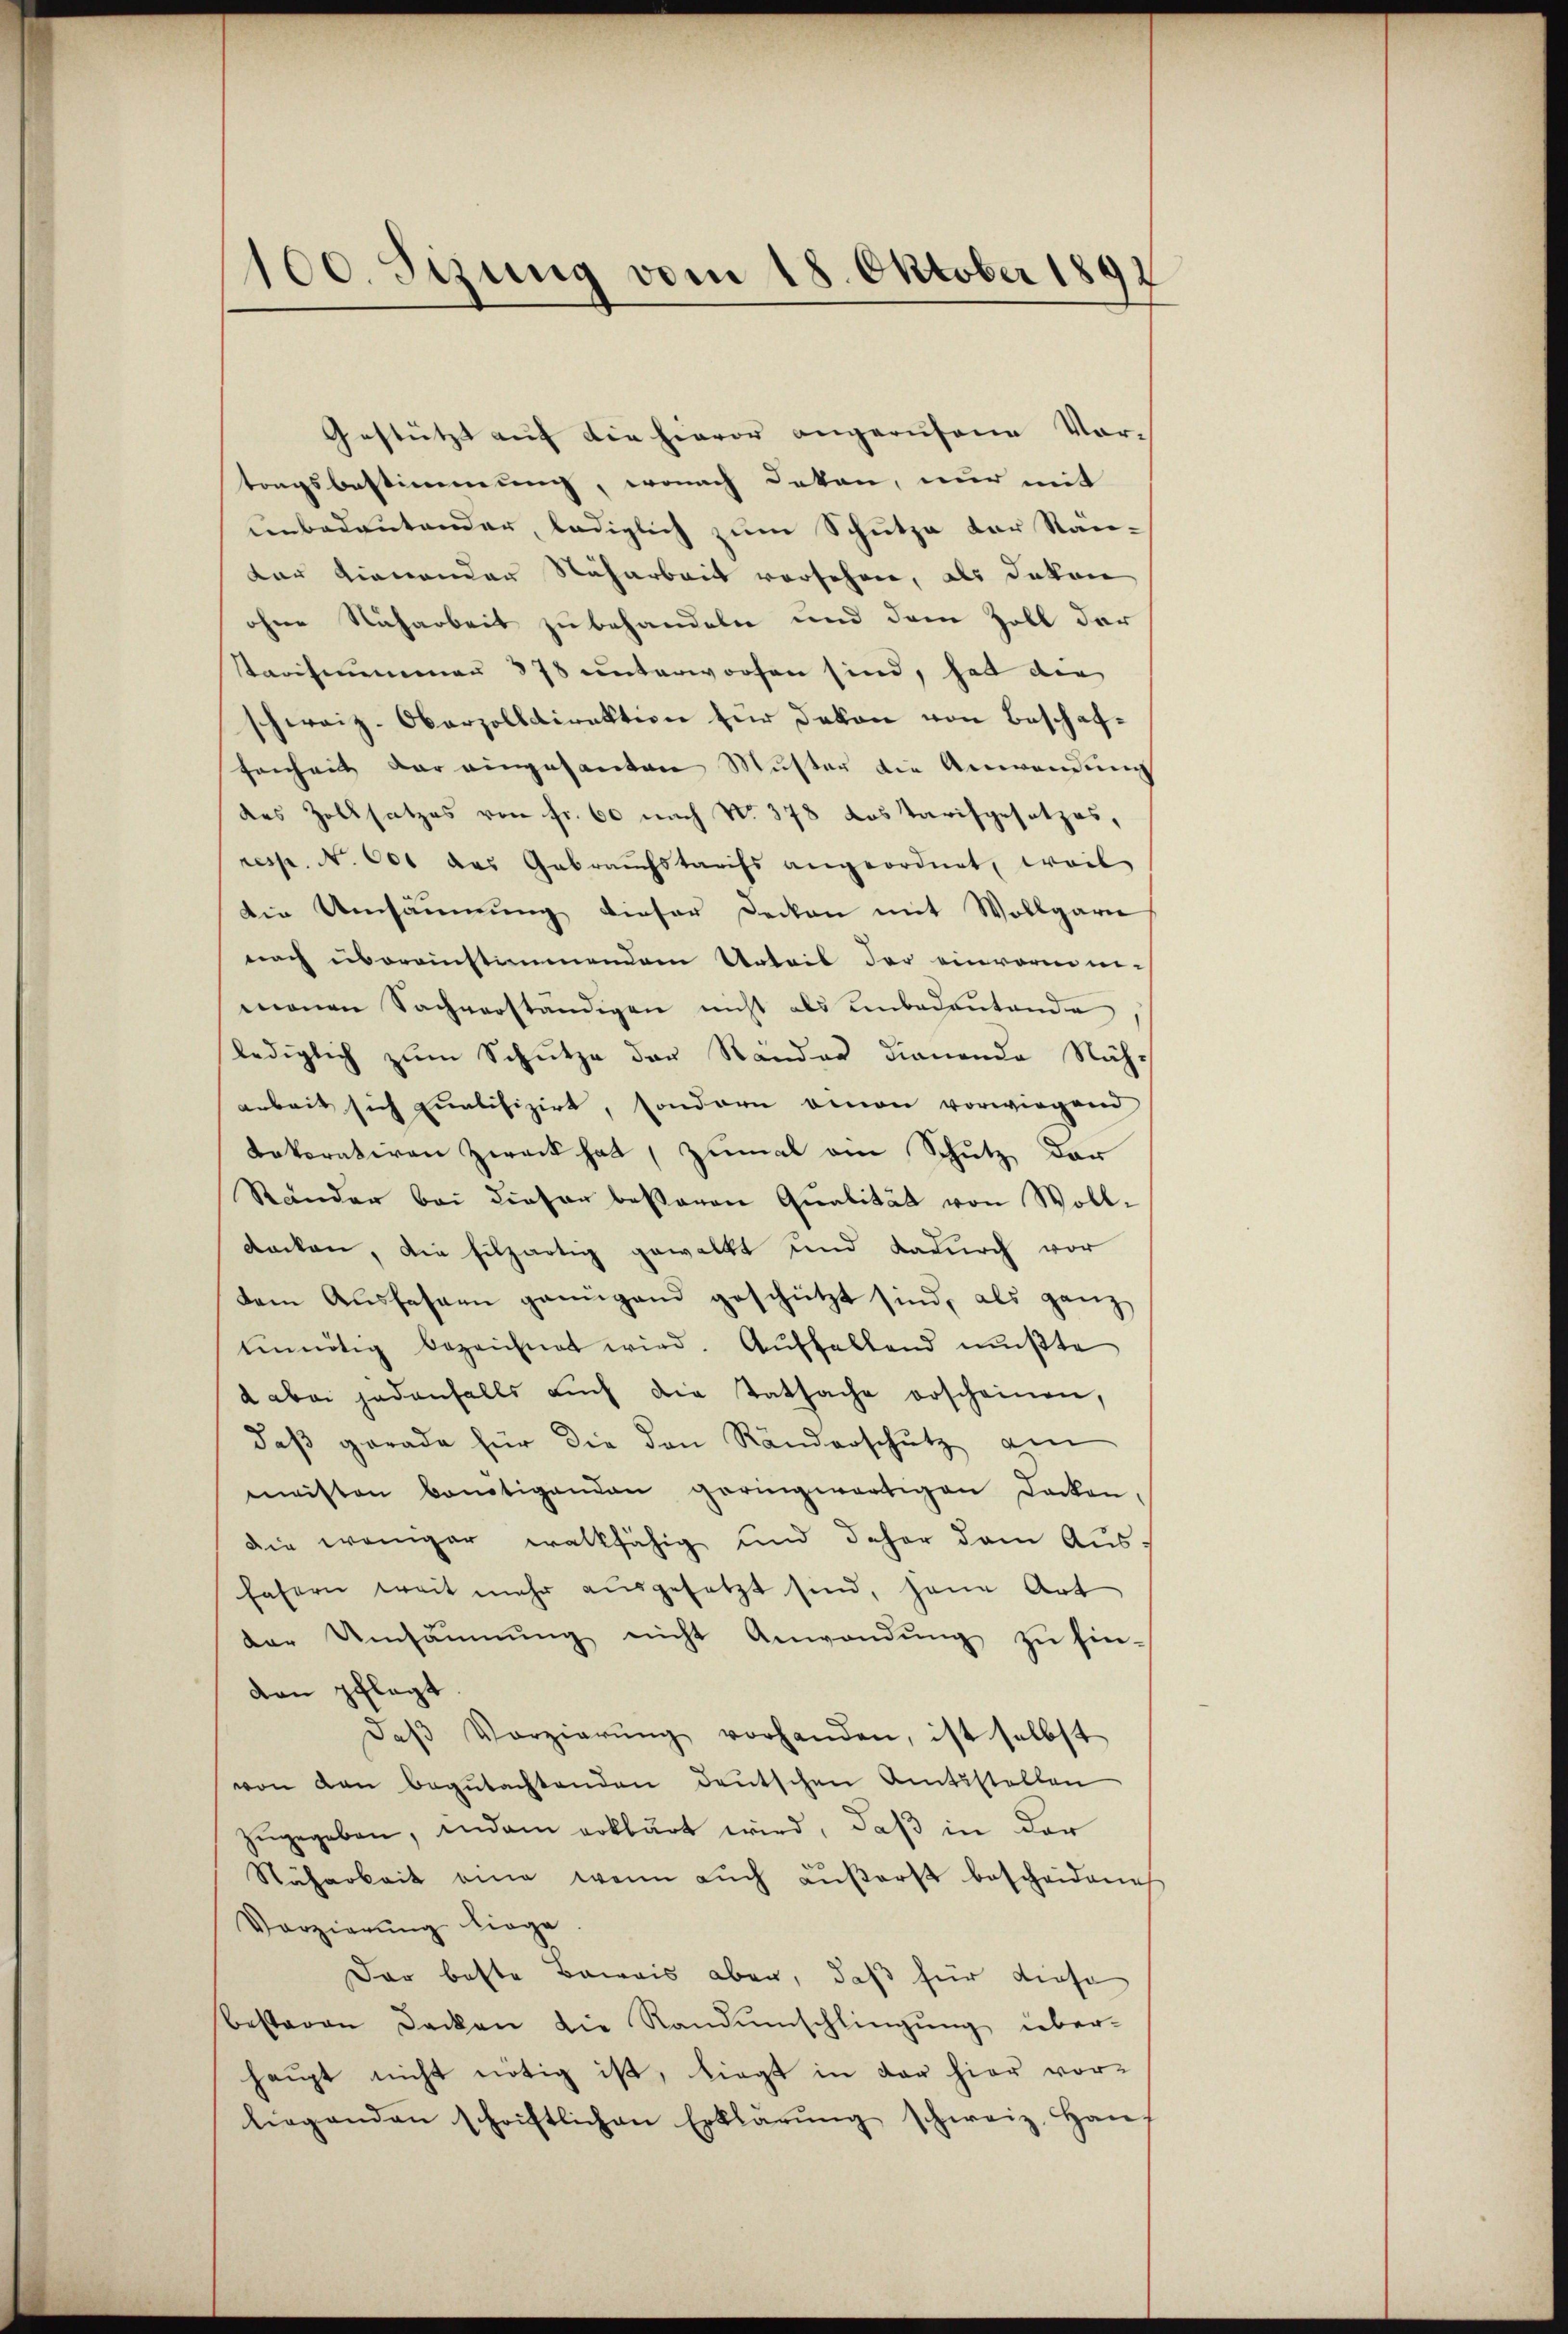
Gestützt auf die hievor angerufene Vortangsbestimmung, wonach Dekan, nur mit
unbedeutender, lediglich zum Schutze der Stän-
dar dienender Naharbeit versehen, als Dekan
ohne Nacharbeit zubehandeln und dem Zoll der
Staufnimmen 378 unterworfen sind, hat den
schweiz. Oberzolldirektion für Dakon von Beschaffenheit der eingesanten Muster die Anwendung
des Zollsatzes von Fr. 60 nach No. 378 das Tarifgesetzes,
resp. N. 601 das Gebrauchstarifs angeordnet, weil
Die Umsäumung dieser Decken mit Wollgarn
nach übereinstimmendem Urteil der einvormnimonen Sachverständigen nicht als unbedeŭtende,
lediglich zum Schütze der Ränder dienende Näharbeit sich qualifizirt, sondern einen vorwiegen
dekorativen Zweck hat, zumal am Schutz der
Ständer bei dieser besseren Qualität von Wolldacken, die filzartig gewalkt und dadurch vor
dem Aŭsfassen genügend geschützt sind, als ganz
ennötig bezeichnet wird. Auffallend mußte
aber jedenfalls aŭch die Tatsache erscheinen,
daβ gerade für die den Ränderschutz am
meisten bontigenden geringzwärtigen Decken,
die weniger walkfähig und daher dem Ausfasern weit mehr aŭsgesetzt sind, jene Art
der Umsäŭmŭng nicht Anwendŭng zŭ Ein-
den pflegt
Daβ Vorzierŭng vorhanden, ist selbst
von den begutachtenden deutschen Amtsstellen
zŭgegeben, indem erklärt wird, daß in der
Näharbeit eine wenn aŭch aŭβerst bescheidene
Vorzierung liege
Dar beste Beweis aber, daß für diese
besteren Decken die Randumschlingung über-
haupt nicht nötig ist, liegt in der hier vor-
liegenden schriftlichen Erklärŭng schweiz. Han-

100. Setzung vom 18. Oktober 1892